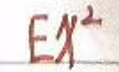
$Ey^{2}$